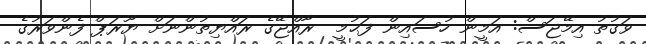
ވަގުތު އިމޭޖަސް: އަމީން ހުސައިން ފަޙުމީ  ރާއްޖޭގެ ރައްޔިތުންނަށް ޔޫރަޕް ފެންވަރުގެ